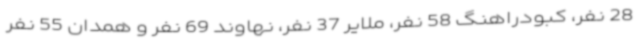
28 نفر، کبودراهنگ 58 نفر، ملایر 37 نفر، نهاوند 69 نفر و همدان 55 نفر